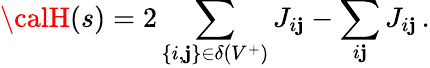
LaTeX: {\calH}(s)=2\sum_{\{ i,\mathbf{j}\} \in\delta(V^{+})}J_{i\mathbf{j}}-\sum_{i\mathbf{j}}J_{i\mathbf{j}}\, .